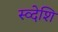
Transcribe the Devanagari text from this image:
स्व्देशि